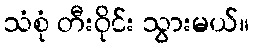
သံစုံ တီးဝိုင်း သွားမယ်။